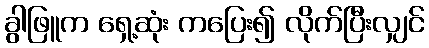
ခွါဖြူက ရှေ့ဆုံး ကပြေး၍ လိုက်ပြီးလျှင်